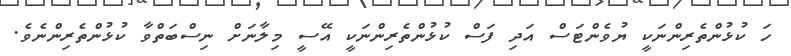
ހަ ކުޅުންތެރިންނަކީ ޔުވެންޓަސް އަދި ފަސް ކުޅުންތެރިންނަކީ އޭސީ މިލާނަށް ނިސްބަތްވާ ކުޅުންތެރިންނެވެ.